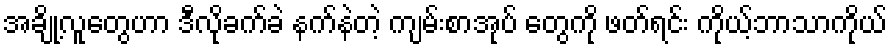
အချို့လူတွေဟာ ဒီလိုခက်ခဲ နက်နဲတဲ့ ကျမ်းစာအုပ် တွေကို ဖတ်ရင်း ကိုယ့်ဘာသာကိုယ်